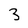
Character: 3